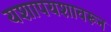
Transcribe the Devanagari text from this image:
यशापयशावरून